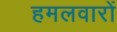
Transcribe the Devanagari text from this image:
हमलवारों